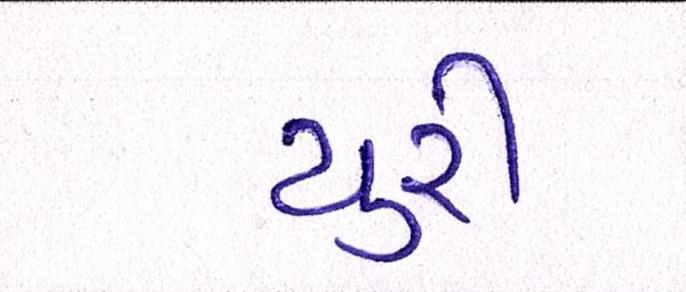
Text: યુરી